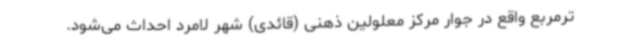
ترمربع واقع در جوار مرکز معلولین ذهنی (قائدی) شهر لامرد احداث می‌شود.